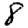
Digit: 8